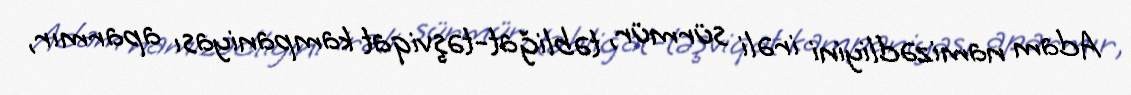
Adam namizədliyini irəli sürmür, təbliğat-təşviqat kampaniyası aparmır,